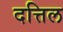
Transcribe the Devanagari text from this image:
दत्तिल